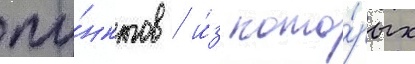
пу́нктов / и́з кото́рых